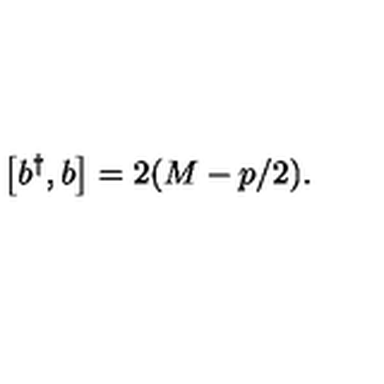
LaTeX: \left[ b ^ { \dagger } , b \right] = 2 ( M - p / 2 ) .